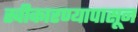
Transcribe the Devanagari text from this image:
स्वीकारण्यापासून